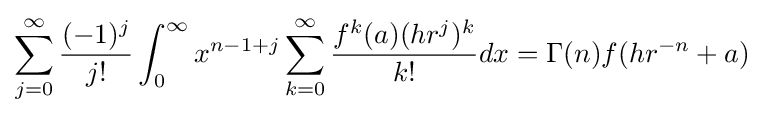
\sum _{j=0}^{\infty }{\frac {(-1)^{j}}{j!}}\int _{0}^{\infty }x^{n-1+j}\sum _{k=0}^{\infty }{\frac {f^{k}(a)(hr^{j})^{k}}{k!}}dx=\Gamma (n)f(hr^{-n}+a)